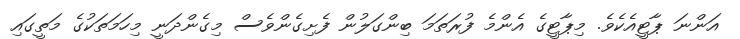
އަންނަ ޕާޓީއެކެވެ. މިޕާޓީގެ އެންމެ ފުރަތަމަ ބިންގަލުން ފެށިގެންވެސް މިގެންދަނީ މިހަމަތަކުގެ މަތީގައި